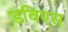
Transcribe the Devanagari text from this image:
डविएस